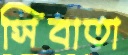
সিবাতা